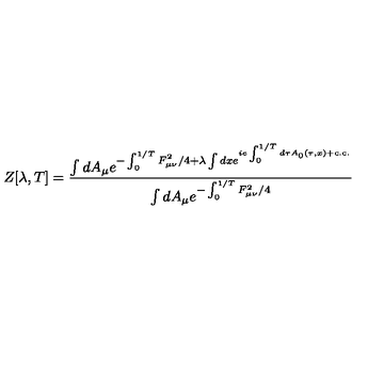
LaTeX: Z [ \lambda , T ] = \frac { \int d A _ { \mu } e ^ { - \int _ { 0 } ^ { 1 / T } F _ { \mu \nu } ^ { 2 } / 4 + \lambda \int d x e ^ { i e \int _ { 0 } ^ { 1 / T } d \tau A _ { 0 } ( \tau , x ) + \mathrm { c . c . } } } } { \int d A _ { \mu } e ^ { - \int _ { 0 } ^ { 1 / T } F _ { \mu \nu } ^ { 2 } / 4 } }